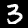
Digit: 3